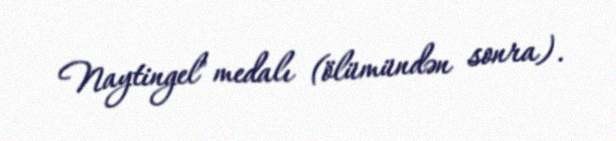
Naytingel" medalı (ölümündən sonra).